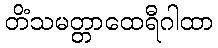
တိံသမတ္တာထေရီဂါထာ